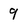
Character: 9